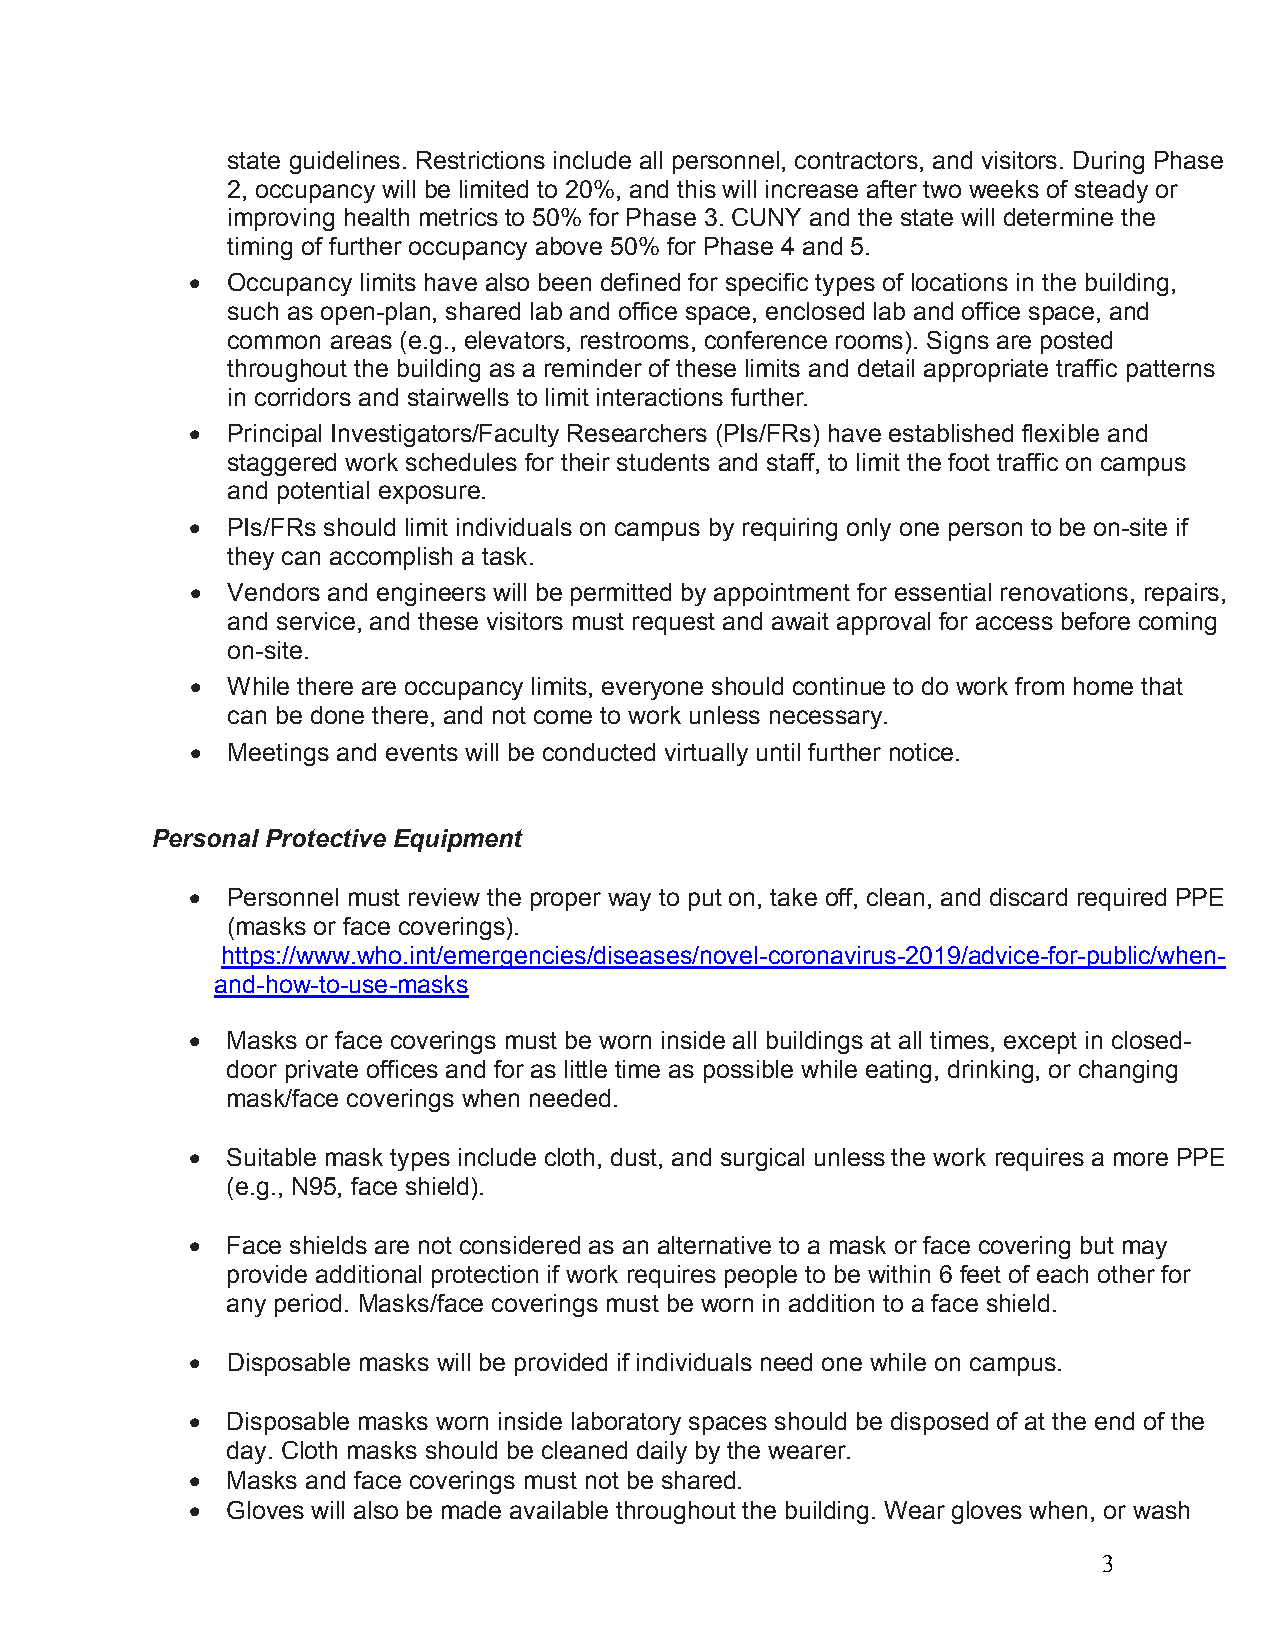
state guidelines. Restrictions include all personnel, contractors, and visitors. During Phase
 2, occupancy will be limited to 20%, and this will increase after two weeks of steady or
 improving health metrics to 50% for Phase 3. CUNY and the state will determine the
 timing of further occupancy above 50% for Phase 4 and 5.
 • Occupancy limits have also been defined for specific types of locations in the building,
 such as open-plan, shared lab and office space, enclosed lab and office space, and
 common areas (e.g., elevators, restrooms, conference rooms). Signs are posted
 throughout the building as a reminder of these limits and detail appropriate traffic patterns
 in corridors and stairwells to limit interactions further.
 • Principal Investigators/Faculty Researchers (PIs/FRs) have established flexible and
 staggered work schedules for their students and staff, to limit the foot traffic on campus
 and potential exposure.
 • PIs/FRs should limit individuals on campus by requiring only one person to be on-site if
 they can accomplish a task.
 • Vendors and engineers will be permitted by appointment for essential renovations, repairs,
 and service, and these visitors must request and await approval for access before coming
 on-site.
 • While there are occupancy limits, everyone should continue to do work from home that
 can be done there, and not come to work unless necessary.
 • Meetings and events will be conducted virtually until further notice.
 Personal Protective Equipment
 • Personnel must review the proper way to put on, take off, clean, and discard required PPE
 (masks or face coverings).
 https://www.who.int/emergencies/diseases/novel-coronavirus-2019/advice-for-public/when-
 and-how-to-use-masks
 • Masks or face coverings must be worn inside all buildings at all times, except in closed-
 door private offices and for as little time as possible while eating, drinking, or changing
 mask/face coverings when needed.
 • Suitable mask types include cloth, dust, and surgical unless the work requires a more PPE
 (e.g., N95, face shield).
 • Face shields are not considered as an alternative to a mask or face covering but may
 provide additional protection if work requires people to be within 6 feet of each other for
 any period. Masks/face coverings must be worn in addition to a face shield.
 • Disposable masks will be provided if individuals need one while on campus.
 • Disposable masks worn inside laboratory spaces should be disposed of at the end of the
 day. Cloth masks should be cleaned daily by the wearer.
 • Masks and face coverings must not be shared.
 • Gloves will also be made available throughout the building. Wear gloves when, or wash
 3